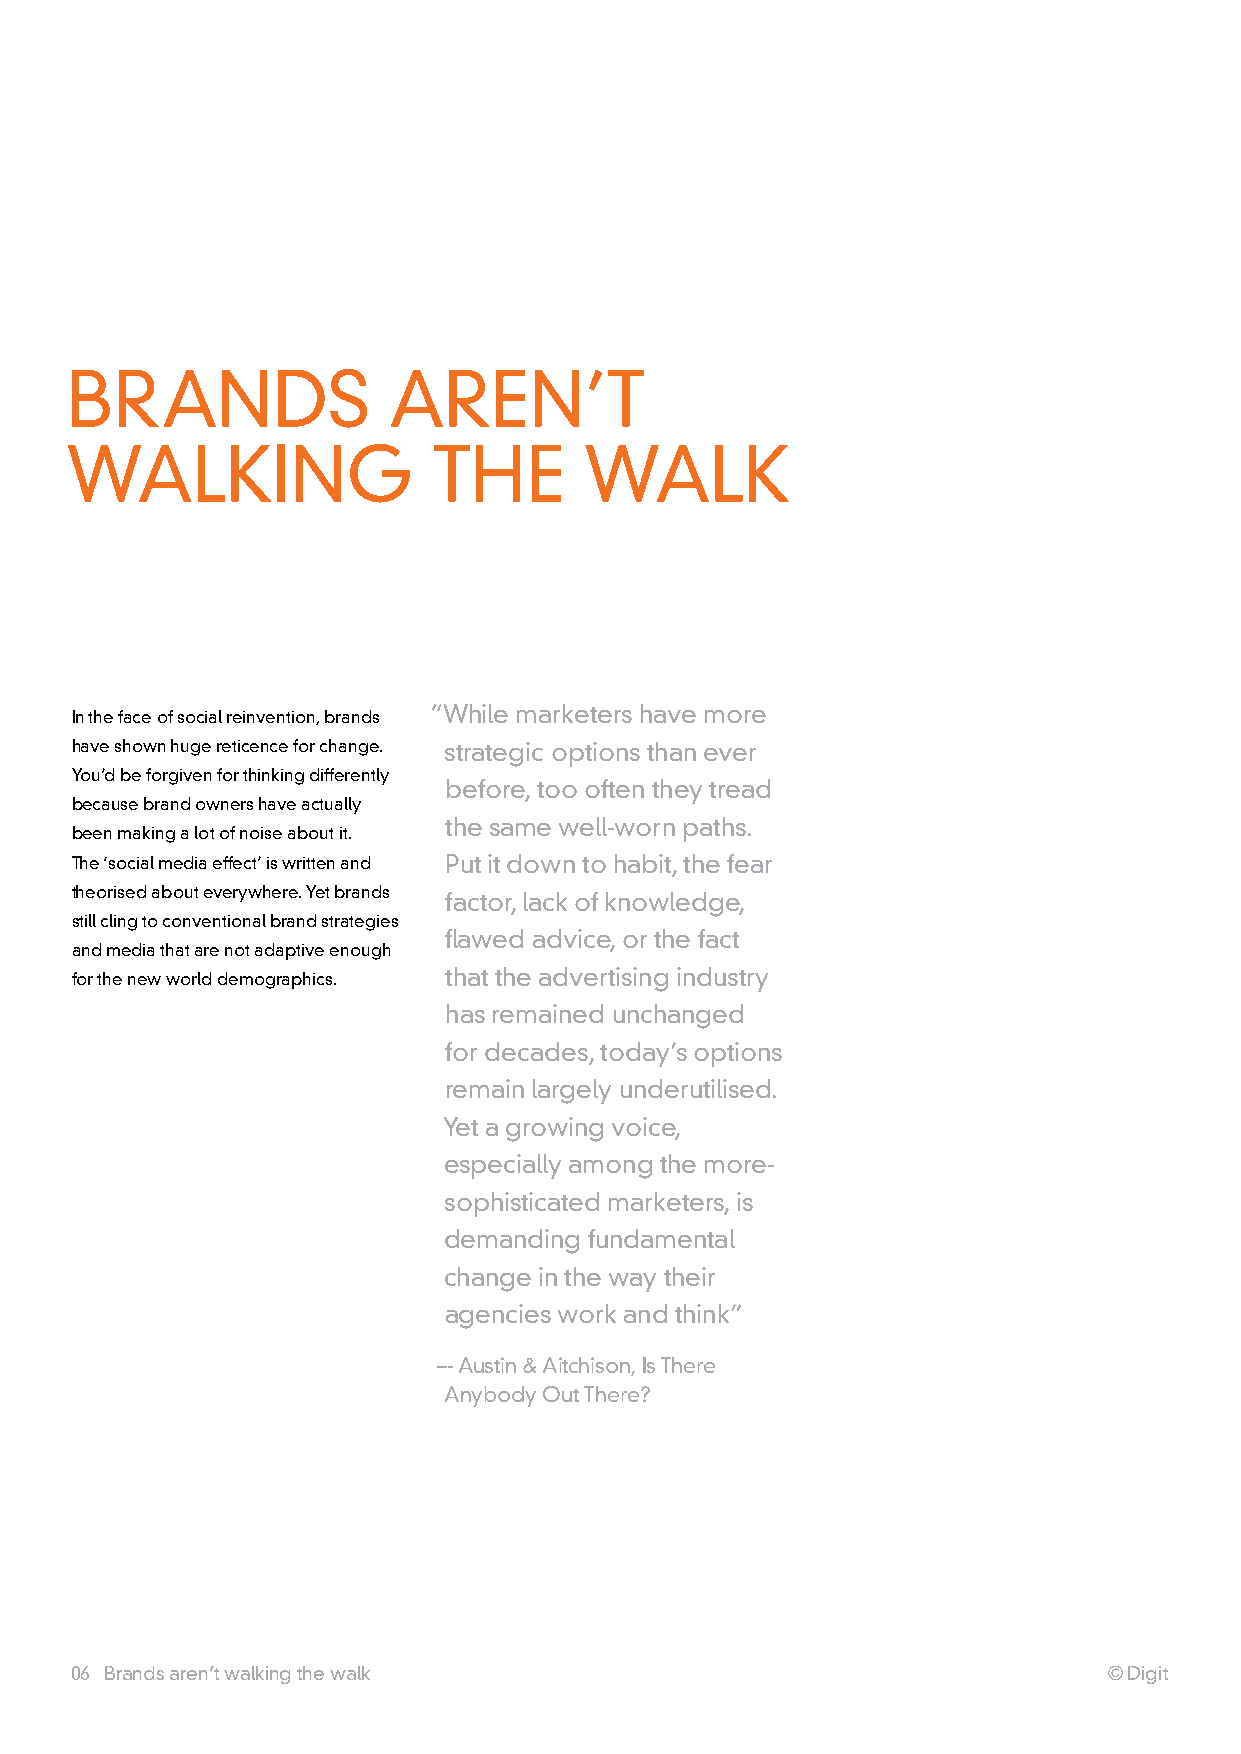
BranDS                arEn’T
 waLkInG                  ThE       waLk
 In the face of social reinvention, brands “while marketers have more
 have shown huge reticence for change. strategic options than ever
 you’d be forgiven for thinking differently
 before, too often they tread
 because brand owners have actually
 the same well-worn paths.
 been making a lot of noise about it.
 The ‘social media effect’ is written and put it down to habit, the fear
 theorised about everywhere. yet brands
 factor, lack of knowledge,
 still cling to conventional brand strategies
 flawed advice, or the fact
 and media that are not adaptive enough
 for the new world demographics. that the advertising industry
 has remained unchanged
 for decades, today’s options
 remain largely underutilised.
 yet a growing voice,
 especially among the more-
 sophisticated marketers, is
 demanding fundamental
 change in the way their
 agencies work and think”
 –- austin & aitchison, Is There
 anybody Out There?
 06 Brands aren’t walking the walk                                   © Digit